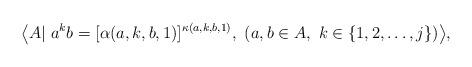
LaTeX: \begin{align*} \big\langle A|\ a^k b=[\alpha(a,k,b,1)]^{\kappa(a,k,b,1)},\ (a,b\in A,\ k\in\{1,2,\dots,j\})\big\rangle, \end{align*}